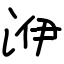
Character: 洢